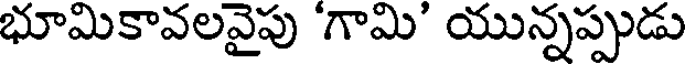
భూమికావలవైపు గామి' యున్నప్పుడు